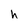
Character: h